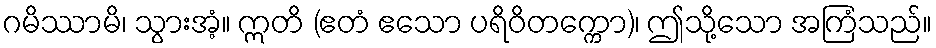
ဂမိဿာမိ၊ သွားအံ့။ ဣတိ (ဧတံ ဧသော ပရိဝိတက္ကော)၊ ဤသို့သော အကြံသည်။